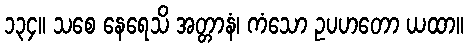
၁၃၄။ သစေ နေရေသိ အတ္တာနံ၊ ကံသော ဥပဟတော ယထာ။